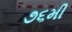
૭૬મી